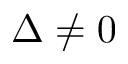
\Delta \neq 0